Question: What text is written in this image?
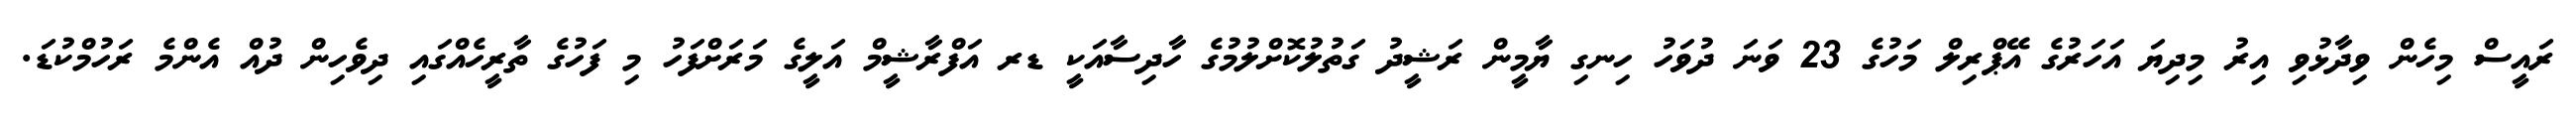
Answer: ރައީސް މިހެން ވިދާޅުވި އިރު މިދިޔަ އަހަރުގެ އޭޕްރިލް މަހުގެ 23 ވަނަ ދުވަހު ހިނގި ޔާމީން ރަޝީދު ގަތުލުކޮށްލުމުގެ ހާދިސާއަކީ ޑރ އަފްރާޝީމް އަލީގެ މަރަށްފަހު މި ފަހުގެ ތާރީހެއްގައި ދިވެހިން ދުއް އެންމެ ރަހުމްކުޑަ.